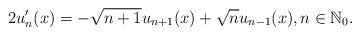
LaTeX: \begin{align*}2 u_n'(x) = -\sqrt{n+1} u_{n+1}(x) + \sqrt{n} u_{n-1}(x), n \in \mathbb{N}_0.\end{align*}